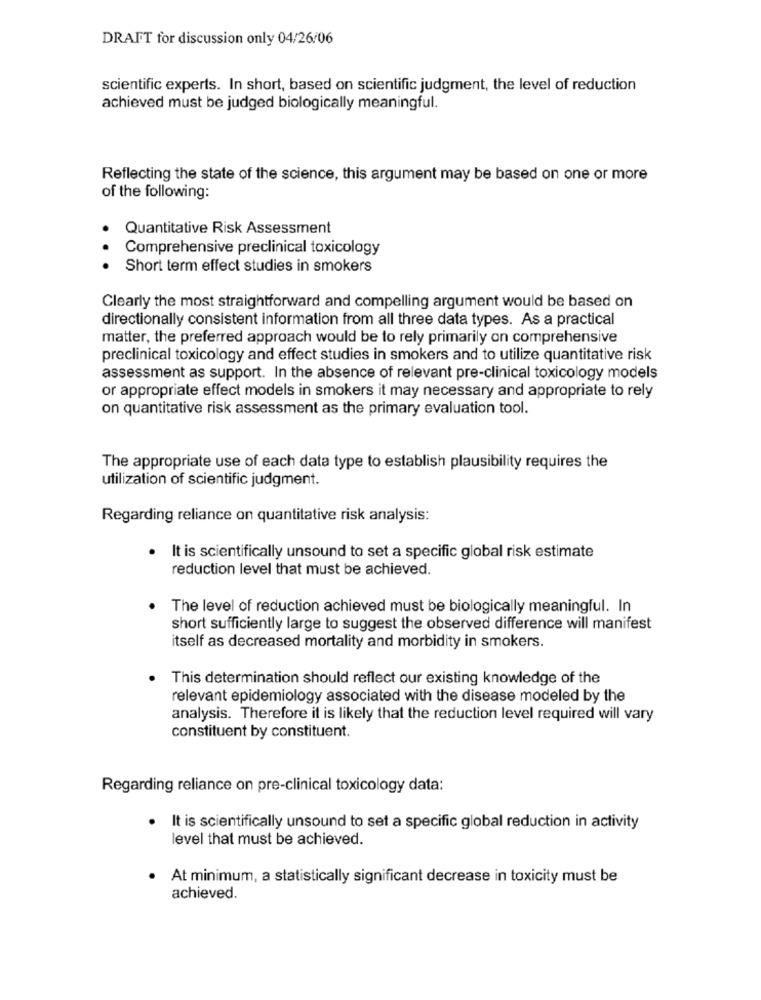
DRAFT for discussion only 04/26/06
scientific experts. In short, based on scientific judgment, the level of reduction
achieved must be judged biologically meaningful.
Reflecting the state of the science, this argument may be based on one or more
of the following:
Quantitative Risk Assessment
.
Comprehensive preclinical toxicology
Short term effect studies in smokers
Clearly the most straightforward and compelling argument would be based on
directionally consistent information from all three data types. As a practical
matter, the preferred approach would be to rely primarily on comprehensive
preclinical toxicology and effect studies in smokers and to utilize quantitative risk
assessment as support. In the absence of relevant pre-clinical toxicology models
or appropriate effect models in smokers it may necessary and appropriate to rely
on quantitative risk assessment as the primary evaluation tool.
The appropriate use of each data type to establish plausibility requires the
utilization of scientific judgment.
Regarding reliance on quantitative risk analysis:
· It is scientifically unsound to set a specific global risk estimate
reduction level that must be achieved.
The level of reduction achieved must be biologically meaningful. In
short sufficiently large to suggest the observed difference will manifest
itself as decreased mortality and morbidity in smokers.
This determination should reflect our existing knowledge of the
relevant epidemiology associated with the disease modeled by the
analysis. Therefore it is likely that the reduction level required will vary
constituent by constituent.
Regarding reliance on pre-clinical toxicology data:
· It is scientifically unsound to set a specific global reduction in activity
level that must be achieved.
At minimum, a statistically significant decrease in toxicity must be
achieved.